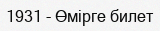
1931 - Өмірге билет